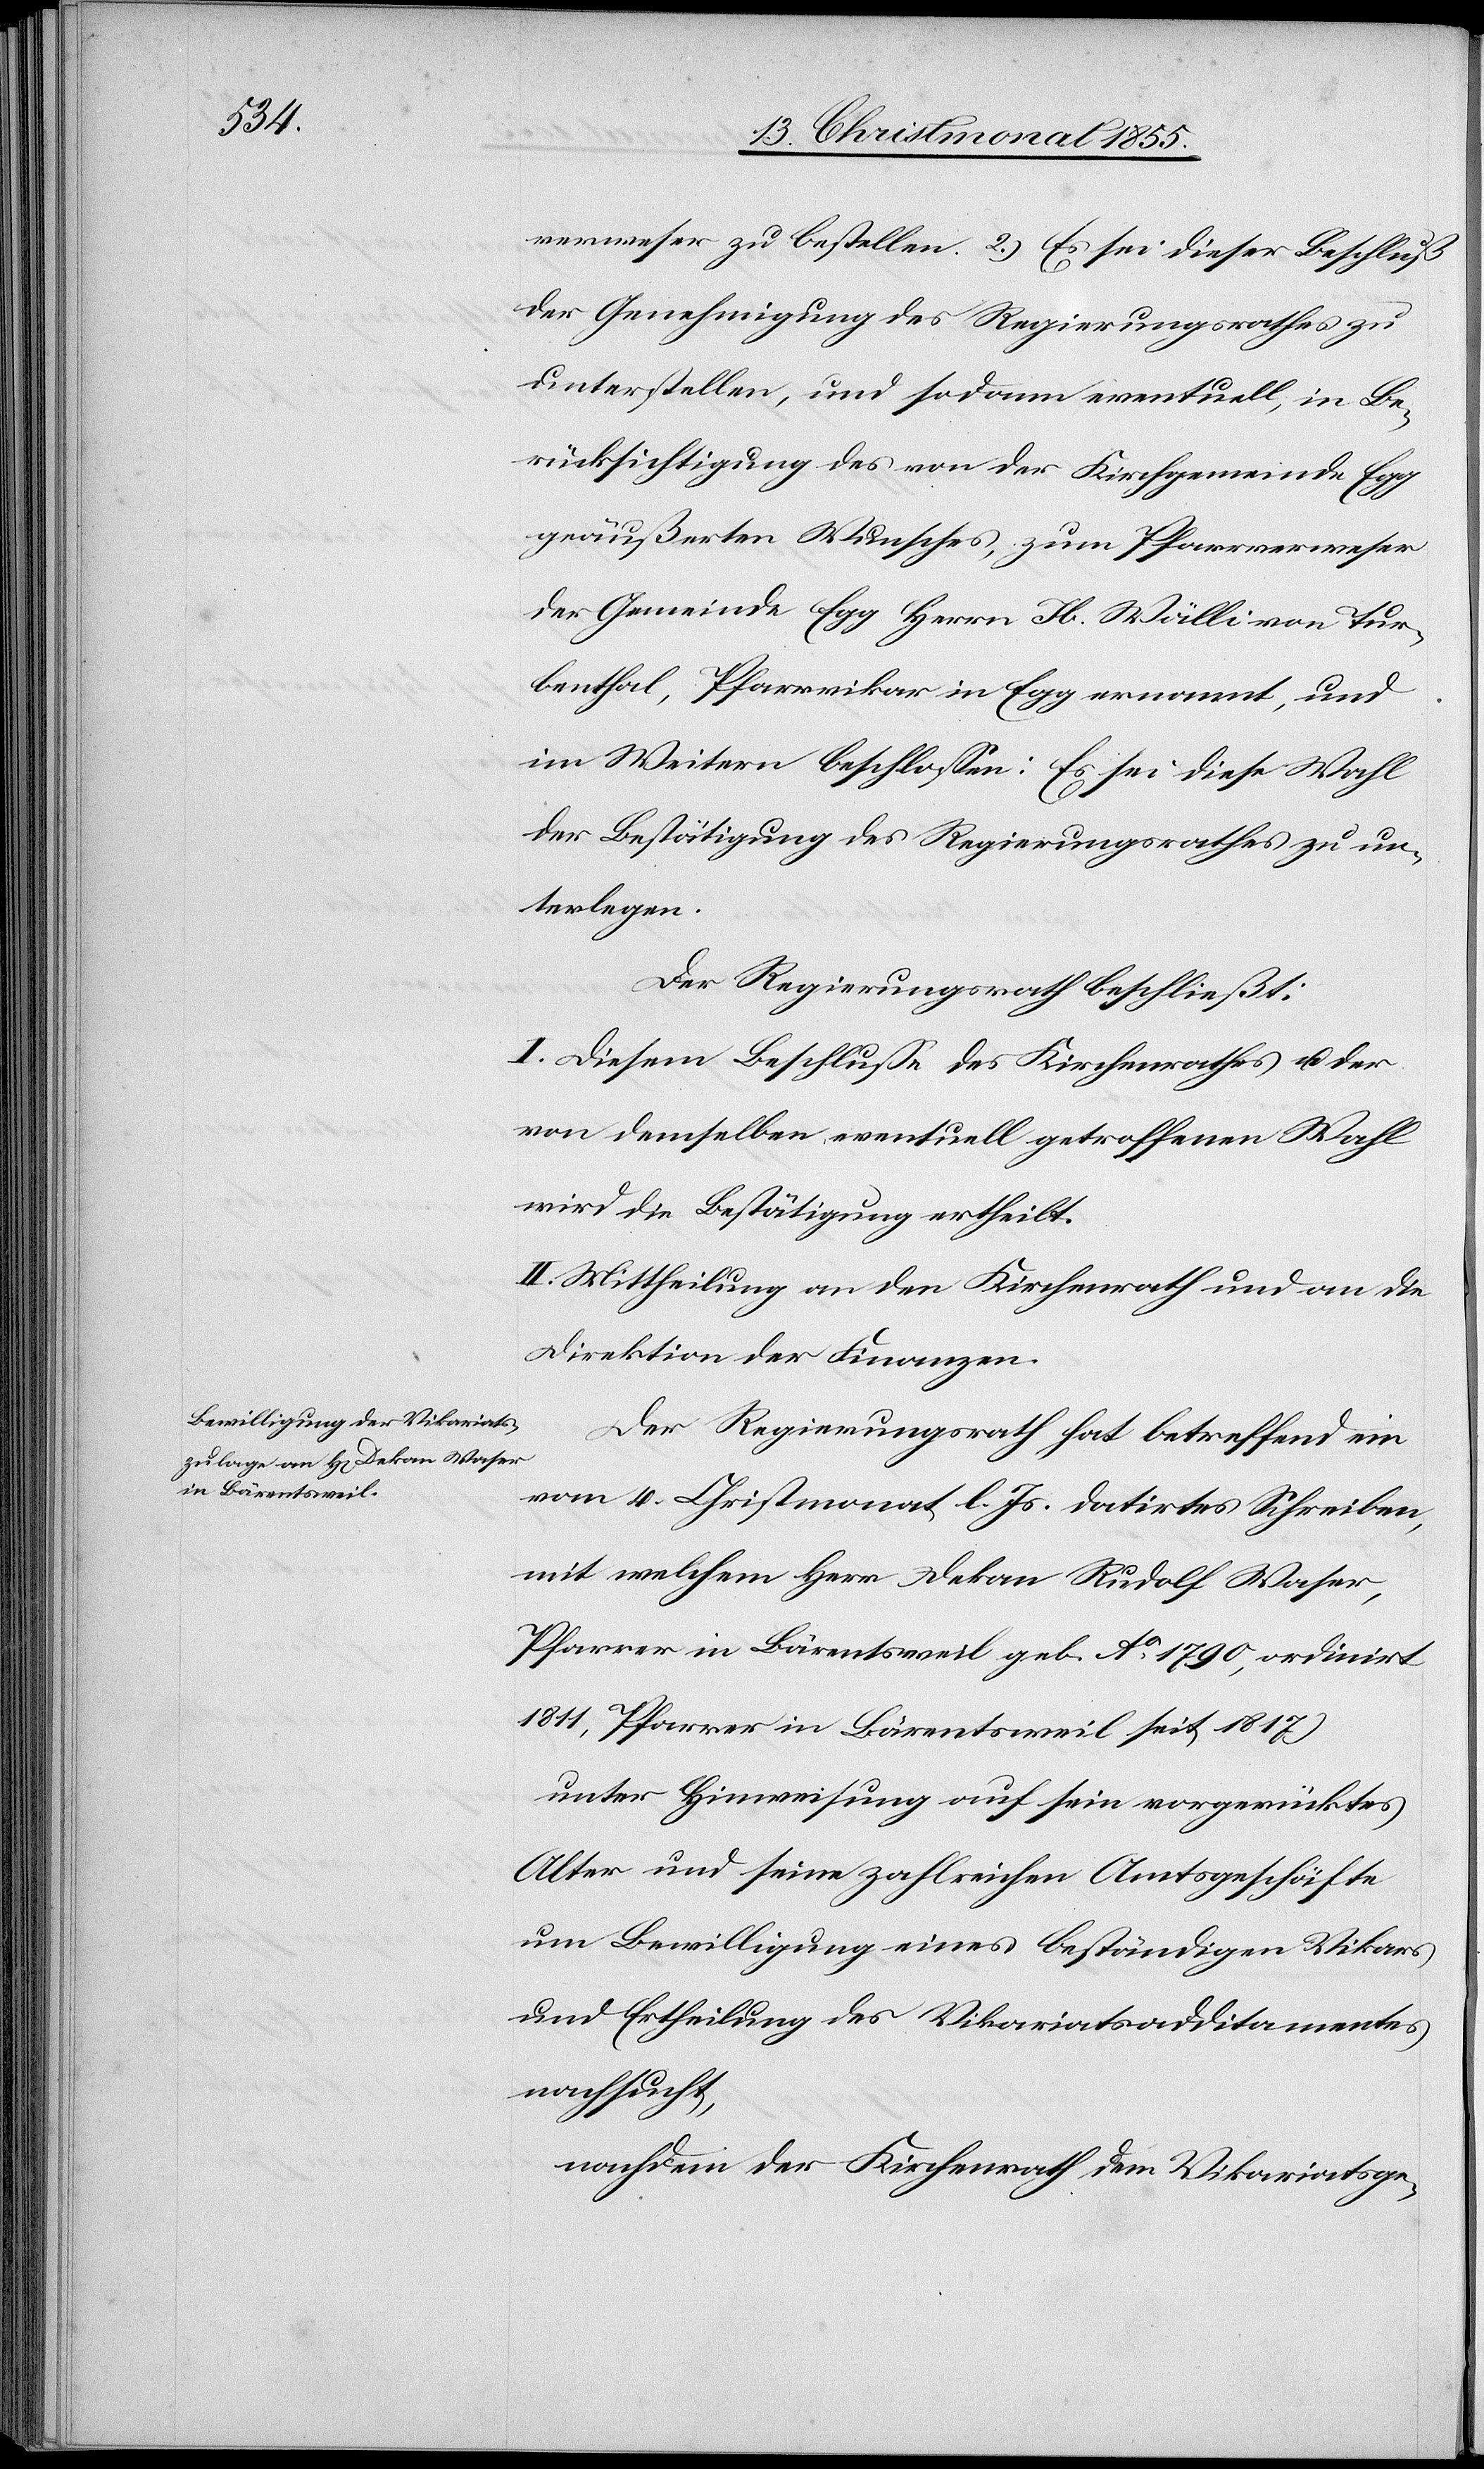
verweser zu bestellen. 2.) Es sei dieser Beschluß
der Genehmigung des Regierungsrathes zu
unterstellen, und sodann eventuell, in Be¬
rücksichtigung des von der Kirchgemeinde Egg
geäußerten Wunsches, zum Pfarrverweser
der Gemeinde Egg Herrn Jb. Wälli von Tur¬
benthal, Pfarrvikar in Egg ernannt, und
im Weitern beschlossen: Es sei diese Wahl
der Bestätigung des Regierungsrathes zu un¬
terlegen.
Der Regierungsrath beschließt:
I. Diesem Beschlusse des Kirchenrathes u. der
von demselben eventuell getroffenen Wahl
wird die Bestätigung ertheilt.
II. Mittheilung an den Kirchenrath und an die
Direktion der Finanzen.
Der Regierungsrath hat betreffend ein
vom 4. Christmonat l. Js. datirtes Schreiben,
mit welchem Herr Dekan Rudolf Waser,
Pfarrer in Bärentsweil [(]geb. Ao. 1790, ordinirt
1811, Pfarrer in Bärentsweil seit 1817)
unter Hinweisung auf sein vorgerücktes
Alter und seine zahlreichen Amtsgeschäfte
um Bewilligung eines beständigen Vikars
und Ertheilung des Vikariatsadditamentes
nachsucht,
nachdem der Kirchenrath dem Vikariatsge-